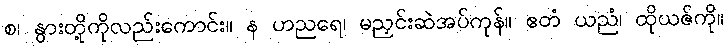
စ၊ နွားတို့ကိုလည်းကောင်း။ န ဟညရေ၊ မညှင်းဆဲအပ်ကုန်။ ဧတံ ယညံ၊ ထိုယဇ်ကို။